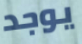
يوجد